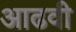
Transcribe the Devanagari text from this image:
आढवी